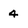
Character: 4